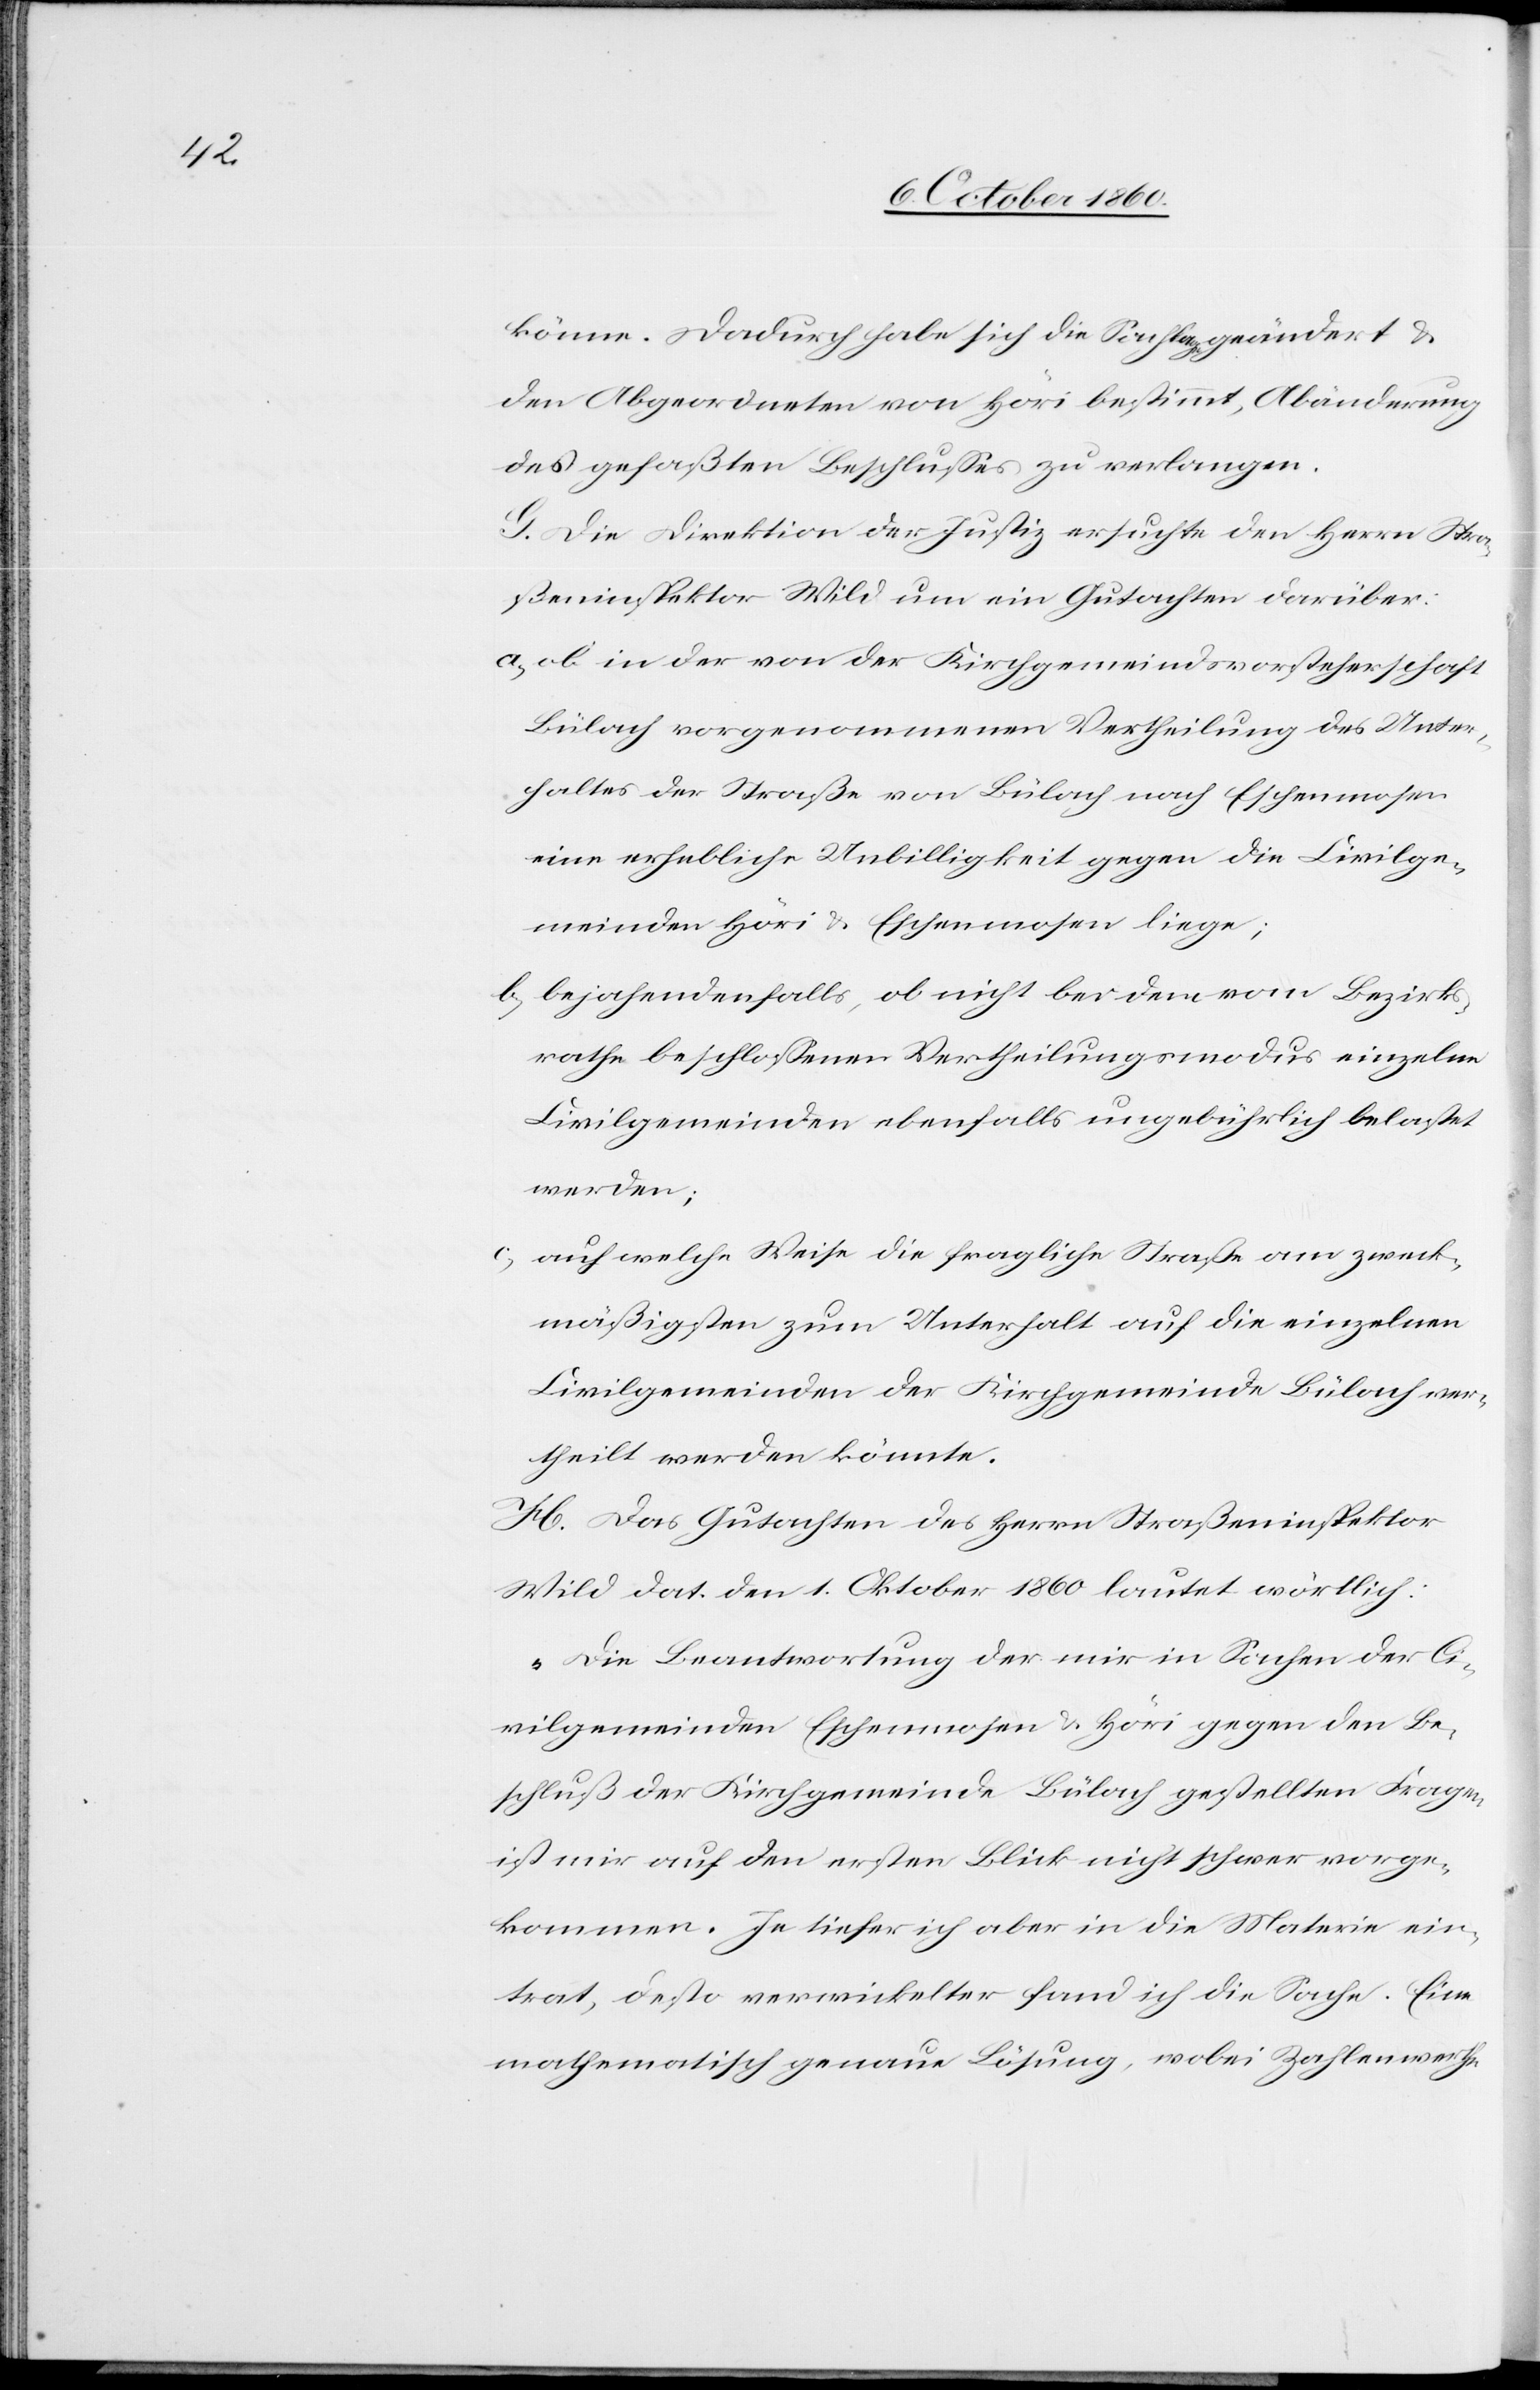
könne. Dadurch habe sich die Sachlage geändert u.
den Abgeordneten von Höri bestimmt, Abänderung
des gefaßten Beschlusses zu verlangen.
G. Die Direktion der Justiz ersuchte den Herrn Stra¬
ßeninspektor Wild um ein Gutachten darüber:
a) ob in der von der Kirchgemeindsvorsteherschaft
Bülach vorgenommenen Vertheilung des Unter¬
haltes der Straße von Bülach nach Eschenmosen
eine erhebliche Unbilligkeit gegen die Civilge¬
meinden Höri u. Eschenmosen liege;
b) bejahendenfalls, ob nicht bei dem vom Bezirks¬
rathe beschlossenen Vertheilungsmodus einzelne
Civilgemeinden ebenfalls ungebührlich belastet
werden;
auf welche Weise die fragliche Straße am zweck¬
mäßigsten zum Unterhalt auf die einzelnen
Civilgemeinden der Kirchgemeinde Bülach ver¬
theilt werden könnte.
H. Das Gutachten des Herrn Straßeninspektor
Wild dat. den 1. Oktober 1860 lautet wörtlich:
„Die Beantwortung der mit in Sachen der Ci¬
vilgemeinden Eschenmosen u. Höri gegen den Be¬
schluß der Kirchgemeinde Bülach gestellten Fragen,
ist mir auf den ersten Blick nicht schwer vorge¬
kommen. Je tiefer ich aber in die Materie ein¬
trat, desto verwickelter fand ich die Sache. Eine
mathematisch genaue Lösung, wobei Zahlenwerthe